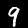
Digit: 9